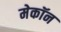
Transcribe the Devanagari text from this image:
मेकॉन